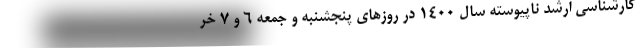
کارشناسی ارشد ناپیوسته سال ۱۴۰۰ در روزهای پنجشنبه و جمعه ۶ و ۷ خر